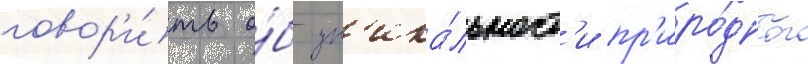
говор'и́ть о́б ун'ика́льност'и пр'иро́дного